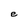
Character: e